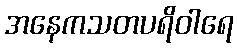
အနေကသတပရိဝါရေ